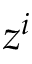
z ^ { i }